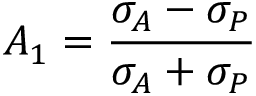
A _ { 1 } = { \frac { \sigma _ { A } - \sigma _ { P } } { \sigma _ { A } + \sigma _ { P } } }